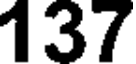
137